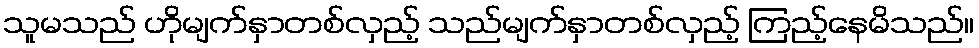
သူမသည် ဟိုမျက်နှာတစ်လှည့် သည်မျက်နှာတစ်လှည့် ကြည့်နေမိသည်။